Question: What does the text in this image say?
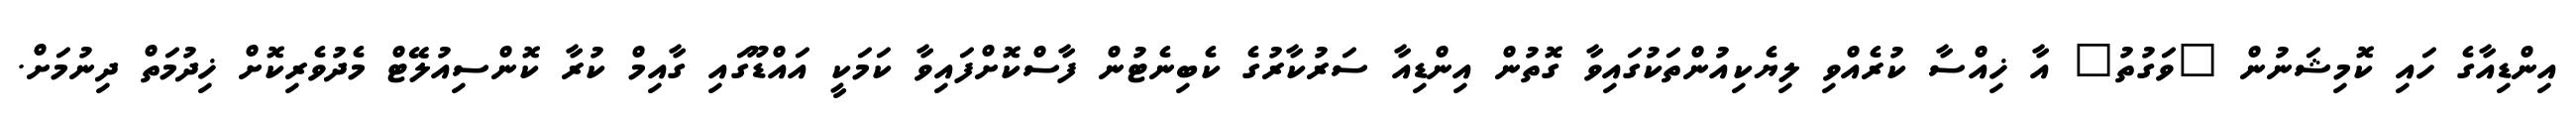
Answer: އިންޑިއާގެ ހައި ކޮމިޝަނުން "ވަގުތު" އާ ޚިއްސާ ކުރެއްވި ލިޔެކިއުންތަކުގައިވާ ގޮތުން އިންޑިއާ ސަރުކާރުގެ ކެބިނެޓުން ފާސްކޮށްފައިވާ ކަމަކީ އައްޑޫގައި ގާއިމް ކުރާ ކޮންސިއުލޭޓް މެދުވެރިކޮށް ޚިދުމަތް ދިނުމަށް.